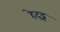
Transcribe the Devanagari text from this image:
हेद्द्न